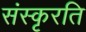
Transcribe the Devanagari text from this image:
संस्कृरति